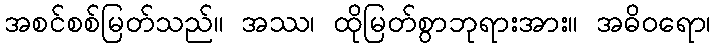
အစင်စစ်မြတ်သည်။ အဿ၊ ထိုမြတ်စွာဘုရားအား။ အဓိဝရော၊